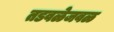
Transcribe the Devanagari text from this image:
तडवळेजवळ